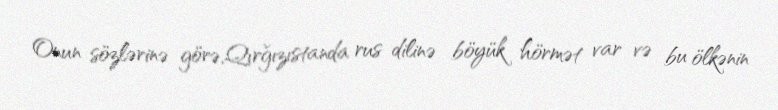
Onun sözlərinə görə,Qırğızıstanda rus dilinə böyük hörmət var və bu ölkənin